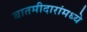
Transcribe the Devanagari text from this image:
बातमीदारांमध्ये